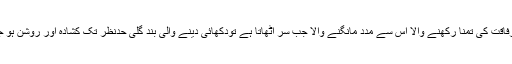
اُس کی رفاقت کی تمنّا رکھنے والا اُس سے مدد مانگنے والا جب سر اُٹھاتا ہے تودکھائی دینے والی بند گلی حدِّنظر تک کُشادہ اور روشن ہو جاتی ہے۔